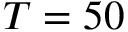
T = 5 0